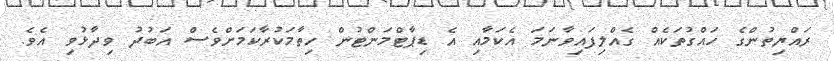
ރައްޔިތުންގެ ހައްގުތަކެއް ގެއްލިފައިވާނަމަ އެކަމާއި އެ ޑިޕާޓްމަންޓުން ހިތާމަކުރާކަމަށްވެސް އަބުދު ވިދާޅުވި އެވެ.